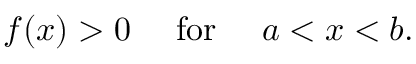
f ( x ) > 0 \quad { \mathrm { ~ f o r ~ } } \quad a < x < b .